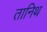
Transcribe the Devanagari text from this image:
तानिथ